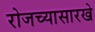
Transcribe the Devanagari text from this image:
रोजच्यासारखे